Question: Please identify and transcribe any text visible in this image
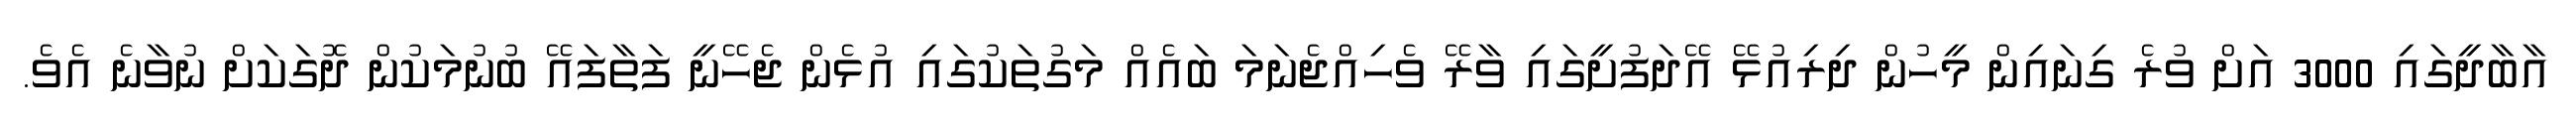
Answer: އާބާދީގައި 3000 އަށް ވުރެ ގިނައިން މީހުން ދިރިއުޅޭ އޭދަފުށީގައި ވާރޭ ވެހިއްޖެނަމަ ބައެއް މަގުތަކުގައި އުޅެން ޖެހޭނީ ފަތާފައޭ ބުނުމަކުން ދޮގަކަށް ނުވާނެ އެވެ.